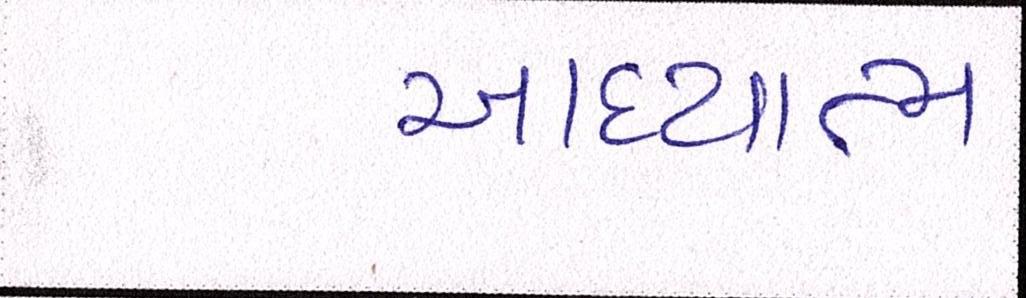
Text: આધ્યાત્મ